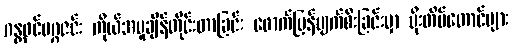
ဂန္တဝင်မဂ္ဂဇင်း ကိုယ်အပူချိန်တိုင်းတာခြင်း ဖောက်ပြန်ပျက်စီးခြင်းမှာ မိုးတိမ်တောင်များ